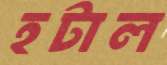
হটাল